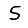
Digit: 5